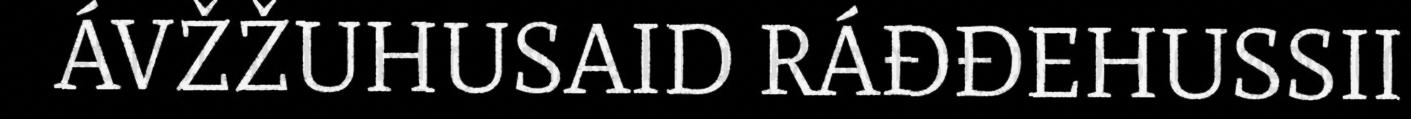
ÁVŽŽUHUSAID RÁĐĐEHUSSII